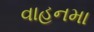
વાહનમા